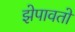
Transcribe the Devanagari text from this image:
झेपावतो